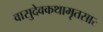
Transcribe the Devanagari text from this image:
वासुदेवकथामृतसार